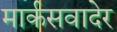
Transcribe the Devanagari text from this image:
मार्कसवादेर